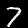
Label: 7